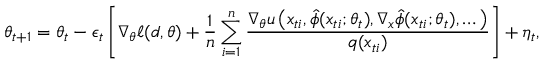
\theta _ { t + 1 } = \theta _ { t } - \epsilon _ { t } \left[ \nabla _ { \theta } \ell ( d , \theta ) + \frac { 1 } { n } \sum _ { i = 1 } ^ { n } \frac { \nabla _ { \theta } u \left( x _ { t i } , \hat { \phi } ( x _ { t i } ; \theta _ { t } ) , \nabla _ { x } \hat { \phi } ( x _ { t i } ; \theta _ { t } ) , \dots \right) } { q ( x _ { t i } ) } \right] + \eta _ { t } ,